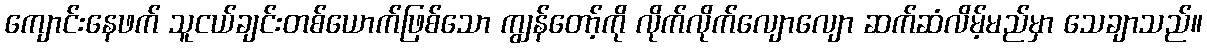
ကျောင်းနေဖက် သူငယ်ချင်းတစ်ယောက်ဖြစ်သော ကျွန်တော့်ကို လိုက်လိုက်လျောလျော ဆက်ဆံလိမ့်မည်မှာ သေချာသည်။